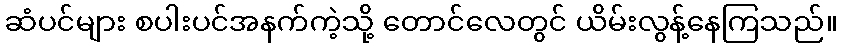
ဆံပင်များ စပါးပင်အနက်ကဲ့သို့ တောင်လေတွင် ယိမ်းလွန့်နေကြသည်။